Civil Veterinary Department Bengal reports 1923-33 - 1923-1933
Year: 1923
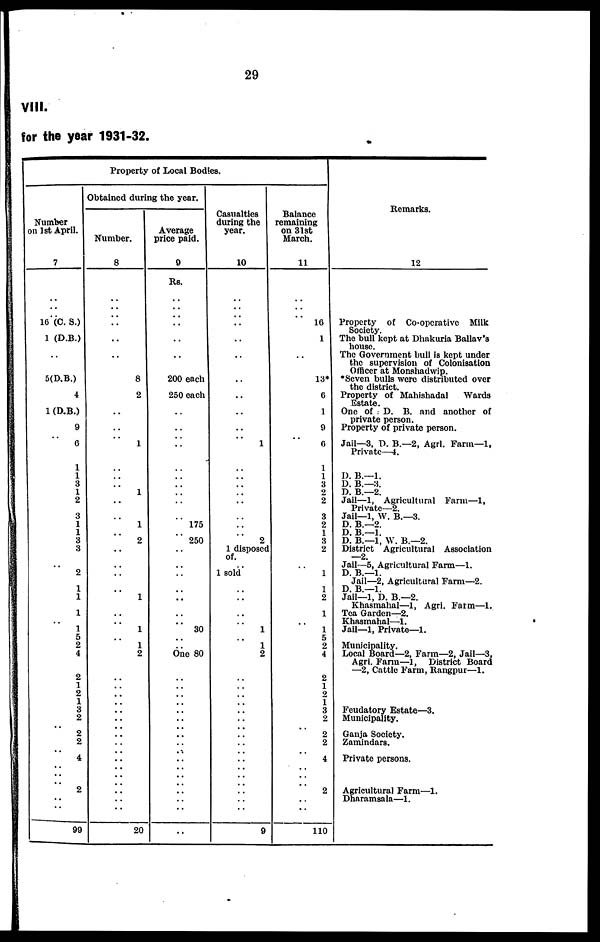
29
VIII.
for the year 1931-32.
Number
on 1st April.
7
..
..
..
16 (C. S.)
1 (D.B.)
..
5(D.B.)
4
1 (D.B.)
9
6
1
1
3
1
2
3
1
1
3
3
..
2
1
1
1
..
1
5
2
4
2
1
2
1
3
2
..
2 2
..
4
.. ..
..
2
..
..
99
Property of Local Bodies.
Obtained during the year.
Number.
8
..
..
..
.. ..
8
2
..
..
1
..
..
..
1
..
..
1
..
2
..
..
..
..
1
..
..
1
..
1
2
..
..
..
..
..
..
..
.. ..
..
..
.. ..
..
..
..
..
20
Average
price paid.
9
Rs.
..
..
..
.. ..
200 each
250 each
..
..
..
..
..
..
..
..
..
175
..
250
..
..
..
..
..
..
..
30
..
.. One 80
..
..
..
..
..
..
..
.. ..
..
..
.. ..
..
..
..
..
..
Casualties
during the
year.
10
..
..
..
.. ..
..
..
..
..
1
..
..
..
..
..
..
..
..
2
1 disposed
of.
..
1 sold
..
..
..
..
1
..
1
2
..
..
..
..
..
..
..
.. ..
..
..
.. ..
..
..
..
..
9
Balance
remaining
on 31st
March.
11
..
..
..
16
1
..
13*
6
1
9
6
1
1
3
2
2
3
2
1
3
2
..
1
1
2
1
..
1
5
2
4
2
1
2
1
3
2
..
2 2
..
4
.. ..
..
2
..
..
110
Remarks.
12
Property of Co-operative Milk
Society.
The bull kept at Dhakuria Ballav's
house.
The Government bull is kept under
the supervision of Colonisation
Officer at Monshadwip.
*Seven bulls were distributed over
the district.
Property of Mahishadal
Wards
Estate.
One of D. B. and another of
private person.
Property of private person.
Jail—3, D. B.—2, Agrl. Farm—1,
Private—4.
D. B.—1.
D. B.—3.
D. B.—2.
Jail—1, Agricultural Farm—1,
Private—2.
Jail—1, W. B.—3.
D. B.—2.
D. B.—1.
D. B.—1, W. B.—2.
District Agricultural Association
—2.
Jail—5. Agricultural Farm—1.
D. B.—1.
Jail—2, Agricultural Farm—2.
D. B.—1.
Jail—1, D. B.—2.
Khasmahal—1, Agri. Farm—1.
Tea Garden—2.
Khasmahal—1.
Jail—1, Private—1.
Municipality.
Local Board—2, Farm—2, Jail—3,
Agri. Farm—1, District Board
—2, Cattle Farm, Rangpur—1.
Feudatory Estate—3.
Municipality.
Ganja Society.
Zamindars.
Private persons.
Agricultural Farm—1.
Dharamsala—1.